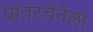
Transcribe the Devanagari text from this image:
प्रांतरचेनेला